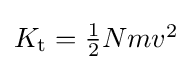
{\textstyle K_{\text{t}}={\frac {1}{2}}Nmv^{2}}